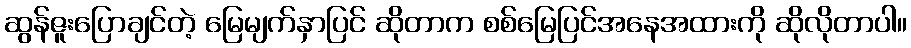
ဆွန်ဇူးပြောချင်တဲ့ မြေမျက်နှာပြင် ဆိုတာက စစ်မြေပြင်အနေအထားကို ဆိုလိုတာပါ။